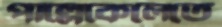
পাল্লেকেলেতে